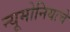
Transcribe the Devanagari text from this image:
न्यूमोनियाचे